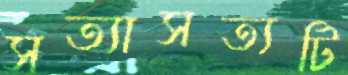
সত্যাসত্যটি